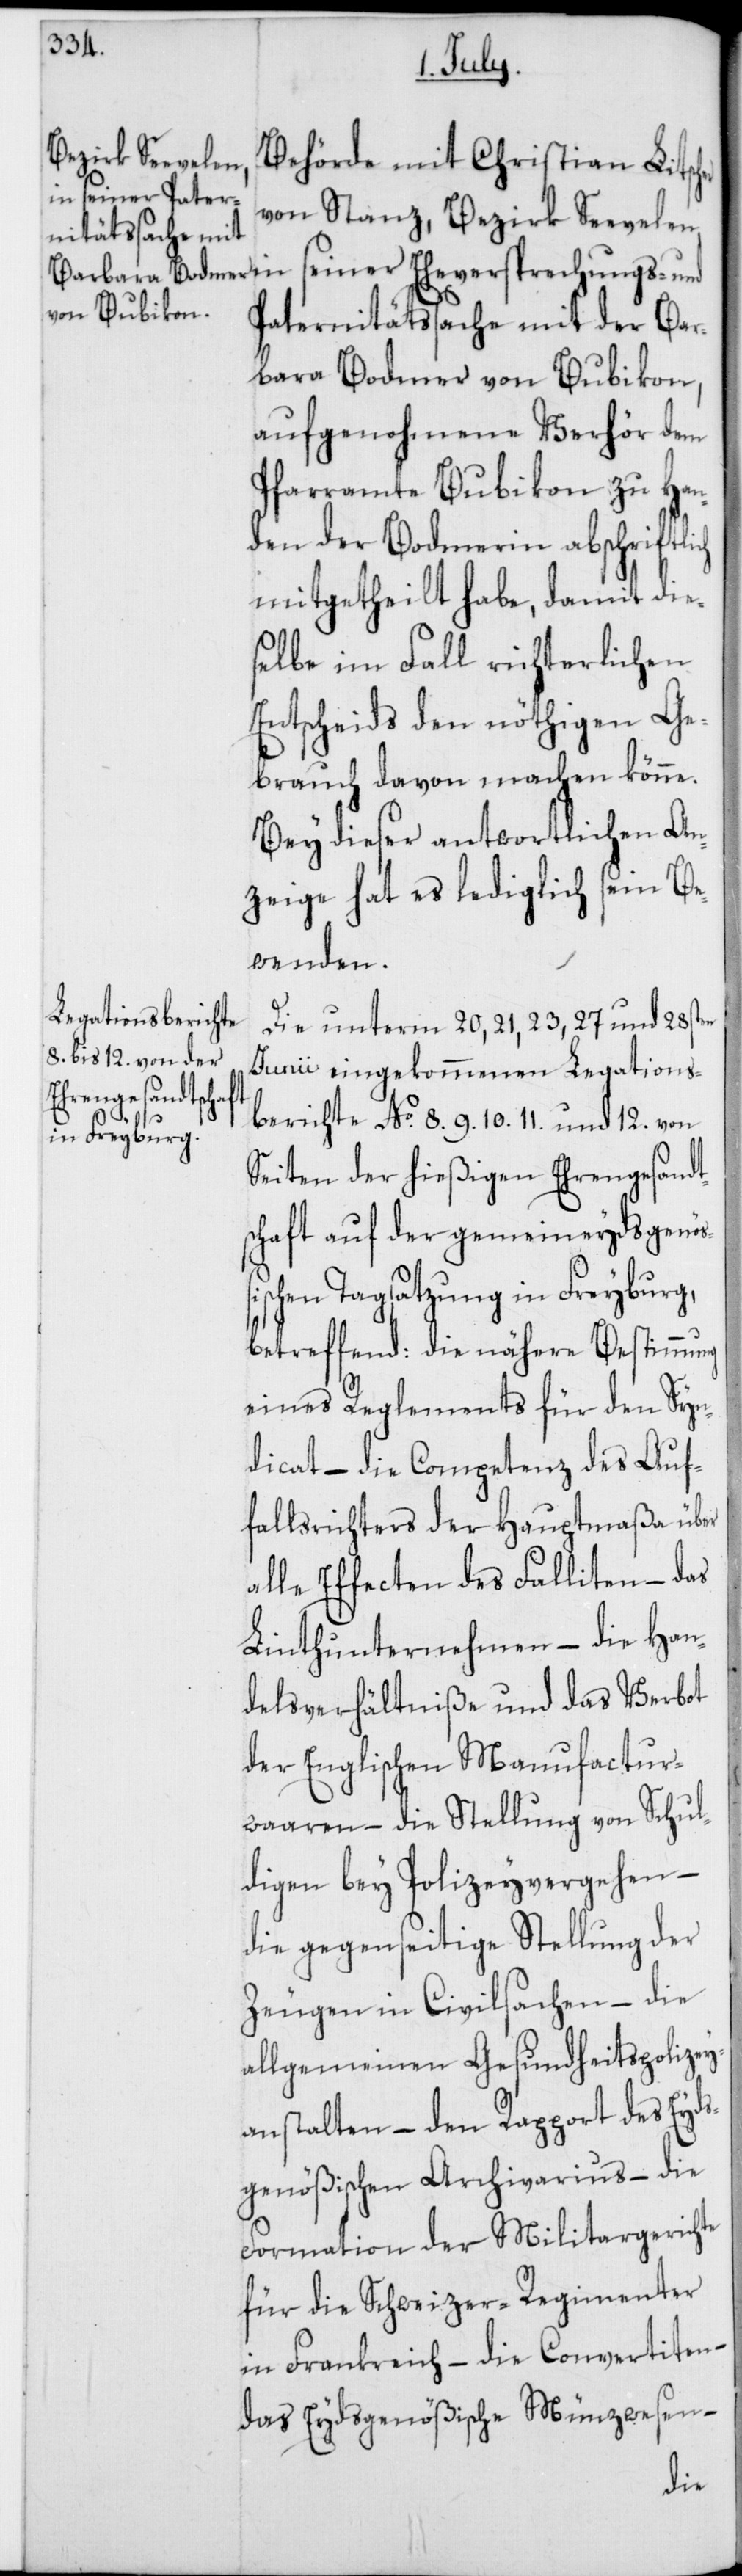
Behörde mit Christian Litsch¬
von Stanz, Bezirk Seevelen,
Paternitätssache mit der Bar¬
bara Bodmer von Bubikon,
aufgenohmene Verhör dem
Pfarramte Bubikon zu Han¬
den der Bodmerin abschriftlich
mitgetheilt habe, damit die¬
selbe im Fall richterlichen
Entscheids den nöthigen Ge¬
brauch davon machen könne.
Bey dieser antwortlichen An¬
zeige hat es lediglich sein Be¬
wenden.
Die unterm 20, 21, 23, 27 und 28sten
Junii eingekommenen Legations¬
berichte No
Seiten der hießigen Ehrengesandt¬
schaft auf der gemeineydsgenöß¬
ischen Tagsatzung in Freyburg,
betreffend: die nähere Bestimmung
eines Reglements für den Syn¬
dicat – die Competenz des Auf¬
falsrichter der Hauptmaßa über
alle Effecten des Falliten – das
Linthunternehmen – die Han¬
delsverhältniße und das Verbot
der englischen Manufactur¬
waaren – die Stellung von Schul¬
digen bey Polizeyvergehen –
die gegenseitige Stellung der
Zeugen in Civilsachen – die
allgemeinen Gesundheitspolizey¬
anstalten – den Rapport des Eyds¬
genößischen Archivarius – die
Formation der Militargerichte
für die Schweizer-Regimenter
in Frankreich – die Convertiten –
das Eydsgenößische Münzwesen –
er